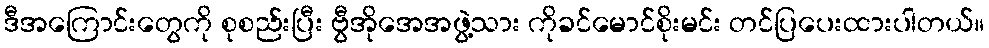
ဒီအကြောင်းတွေကို စုစည်းပြီး ဗွီအိုအေအဖွဲ့သား ကိုခင်မောင်စိုးမင်း တင်ပြပေးထားပါတယ်။